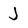
Character: J